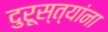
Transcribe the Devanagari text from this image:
दुरूस्त्यांना